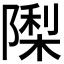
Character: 𮥟